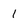
Character: 1